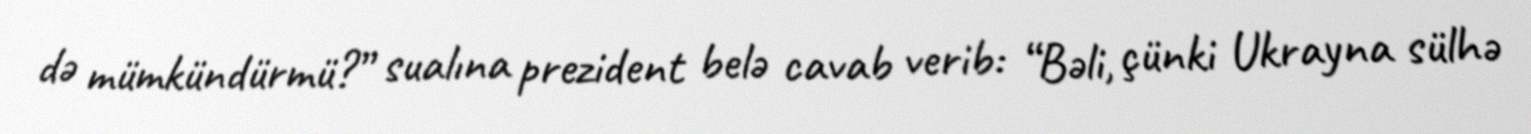
də mümkündürmü?” sualına prezident belə cavab verib: “Bəli, çünki Ukrayna sülhə